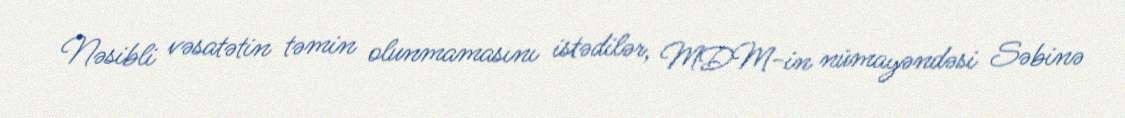
Nəsibli vəsatətin təmin olunmamasını istədilər, MDM-in nümayəndəsi Səbinə